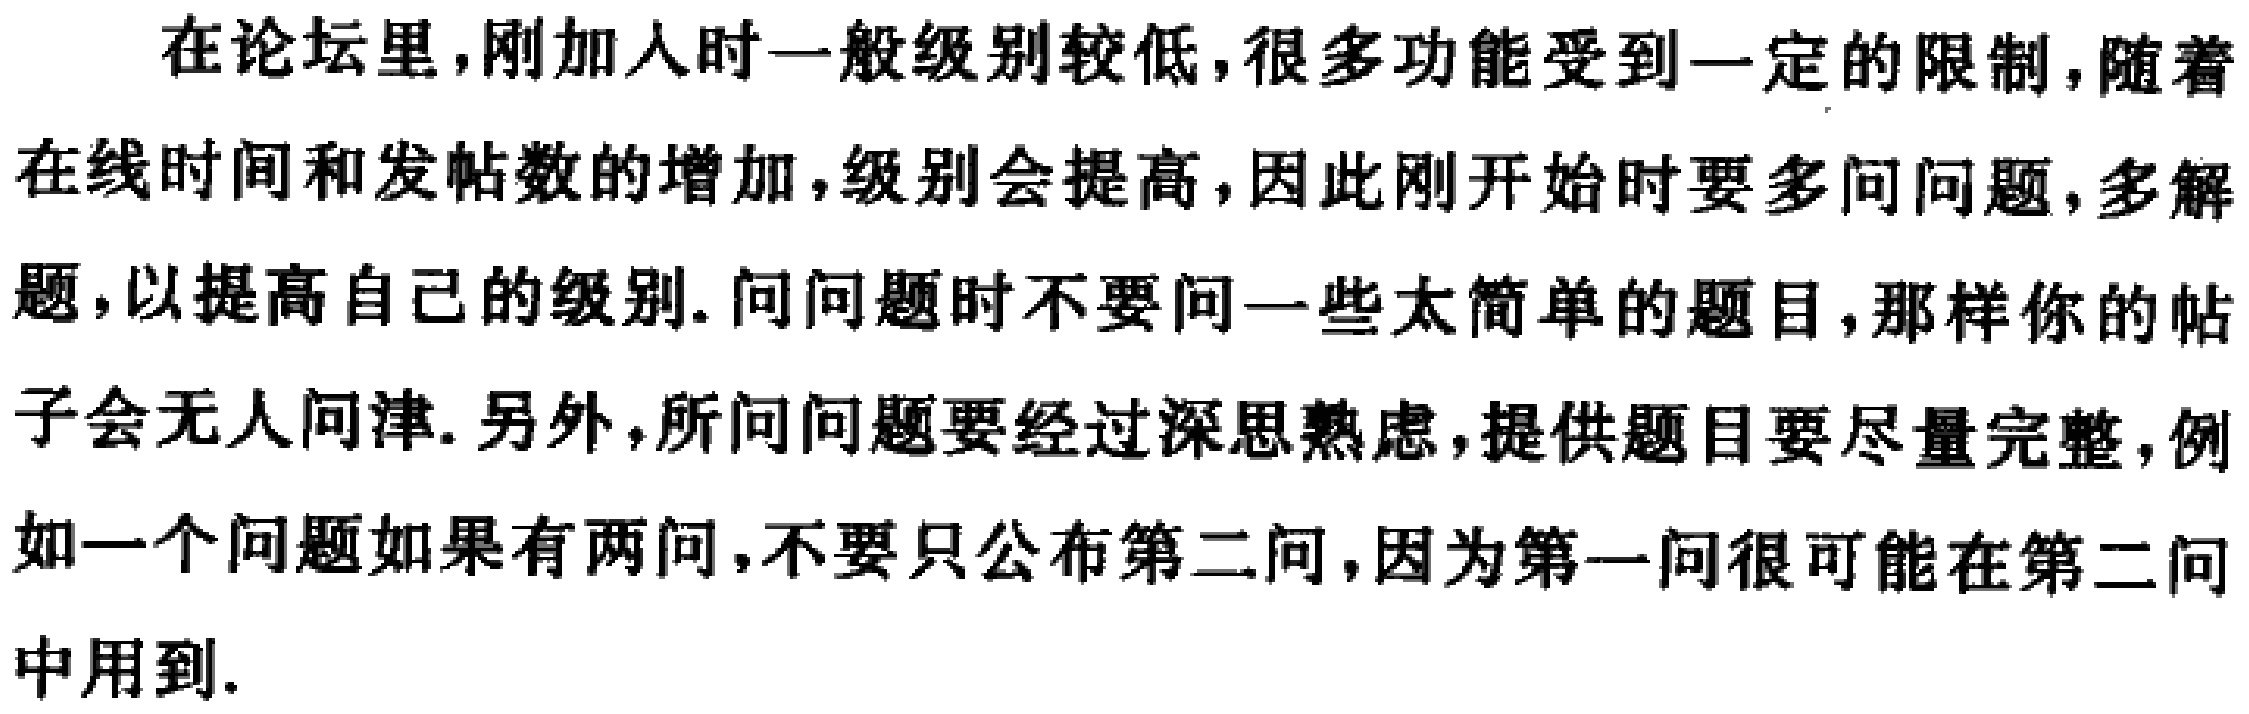
在论坛里,刚加入时一般级别较低,很多功能受到一定的限制,随着在线时间和发帖数的增加,级别会提高,因此刚开始时要多问问题,多解题,以提高自己的级别.问问题时不要问一些太简单的题目,那样你的帖子会无人问津.另外,所问问题要经过深思熟虑,提供题目要尽量完整,例如一个问题如果有两问,不要只公布第二问,因为第一问很可能在第二问中用到.